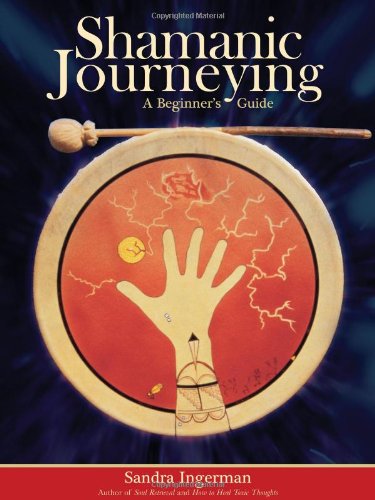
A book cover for Shamanic Journeying: A Beginner's Guide; Sandra Ingerman; Religion & Spirituality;